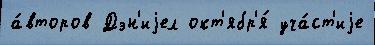
а́второв Дэн'иjел окт'ябр'я́ уча́ст'иjе